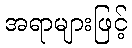
အရာများဖြင့်